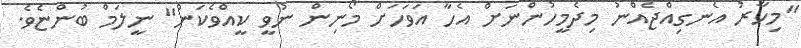
"މިހާރު އެނގިއްޖެއްނު މިދެމީހުންނަށް އެހާ އަވަހަށް މޯނިން ނުވީ ކީއްވެކަން" ނީލަމް ބުންޏެވެ.